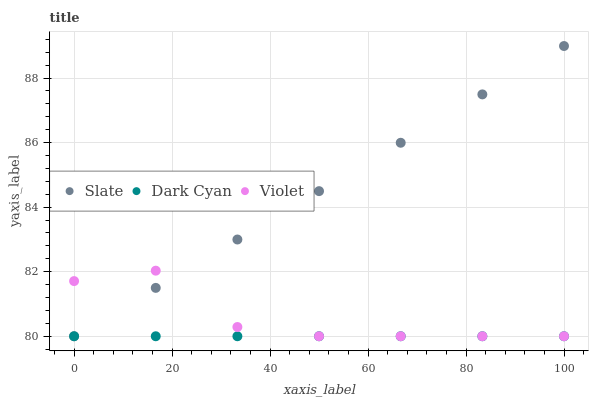
| xaxis_label | Slate | Dark Cyan | Violet |
 | --- | --- | --- | --- |
 | 0 | 80 | 80 | 81.7 |
 | 16.7 | 81.5 | 80 | 82 |
 | 33.3 | 83 | 80 | 80.3 |
 | 50 | 84.5 | 80 | 80 |
 | 66.7 | 86 | 80 | 80 |
 | 83.3 | 87.5 | 80 | 80 |
 | 100 | 89 | 80 | 80 |